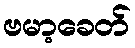
ဗမာ့ခေတ်